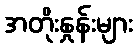
အတိုးနှုန်းများ